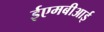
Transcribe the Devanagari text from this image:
ईएमबीआई